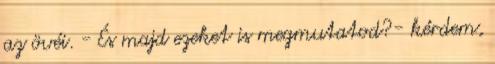
az övéi. - És majd ezeket is megmutatod?- kérdem,